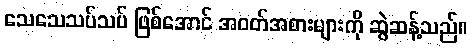
သေသေသပ်သပ် ဖြစ်အောင် အဝတ်အစားများကို ဆွဲဆန့်သည်။